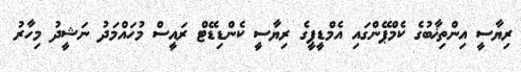
ރިޔާސީ އިންތިޚާބުގެ ކެމްޕޭންގައި އެމްޑީޕީގެ ރިޔާސީ ކެންޑިޑޭޓް ރައީސް މުހައްމަދު ނަޝީދު މިހާރު